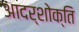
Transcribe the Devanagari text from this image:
आदर्शोक्ति